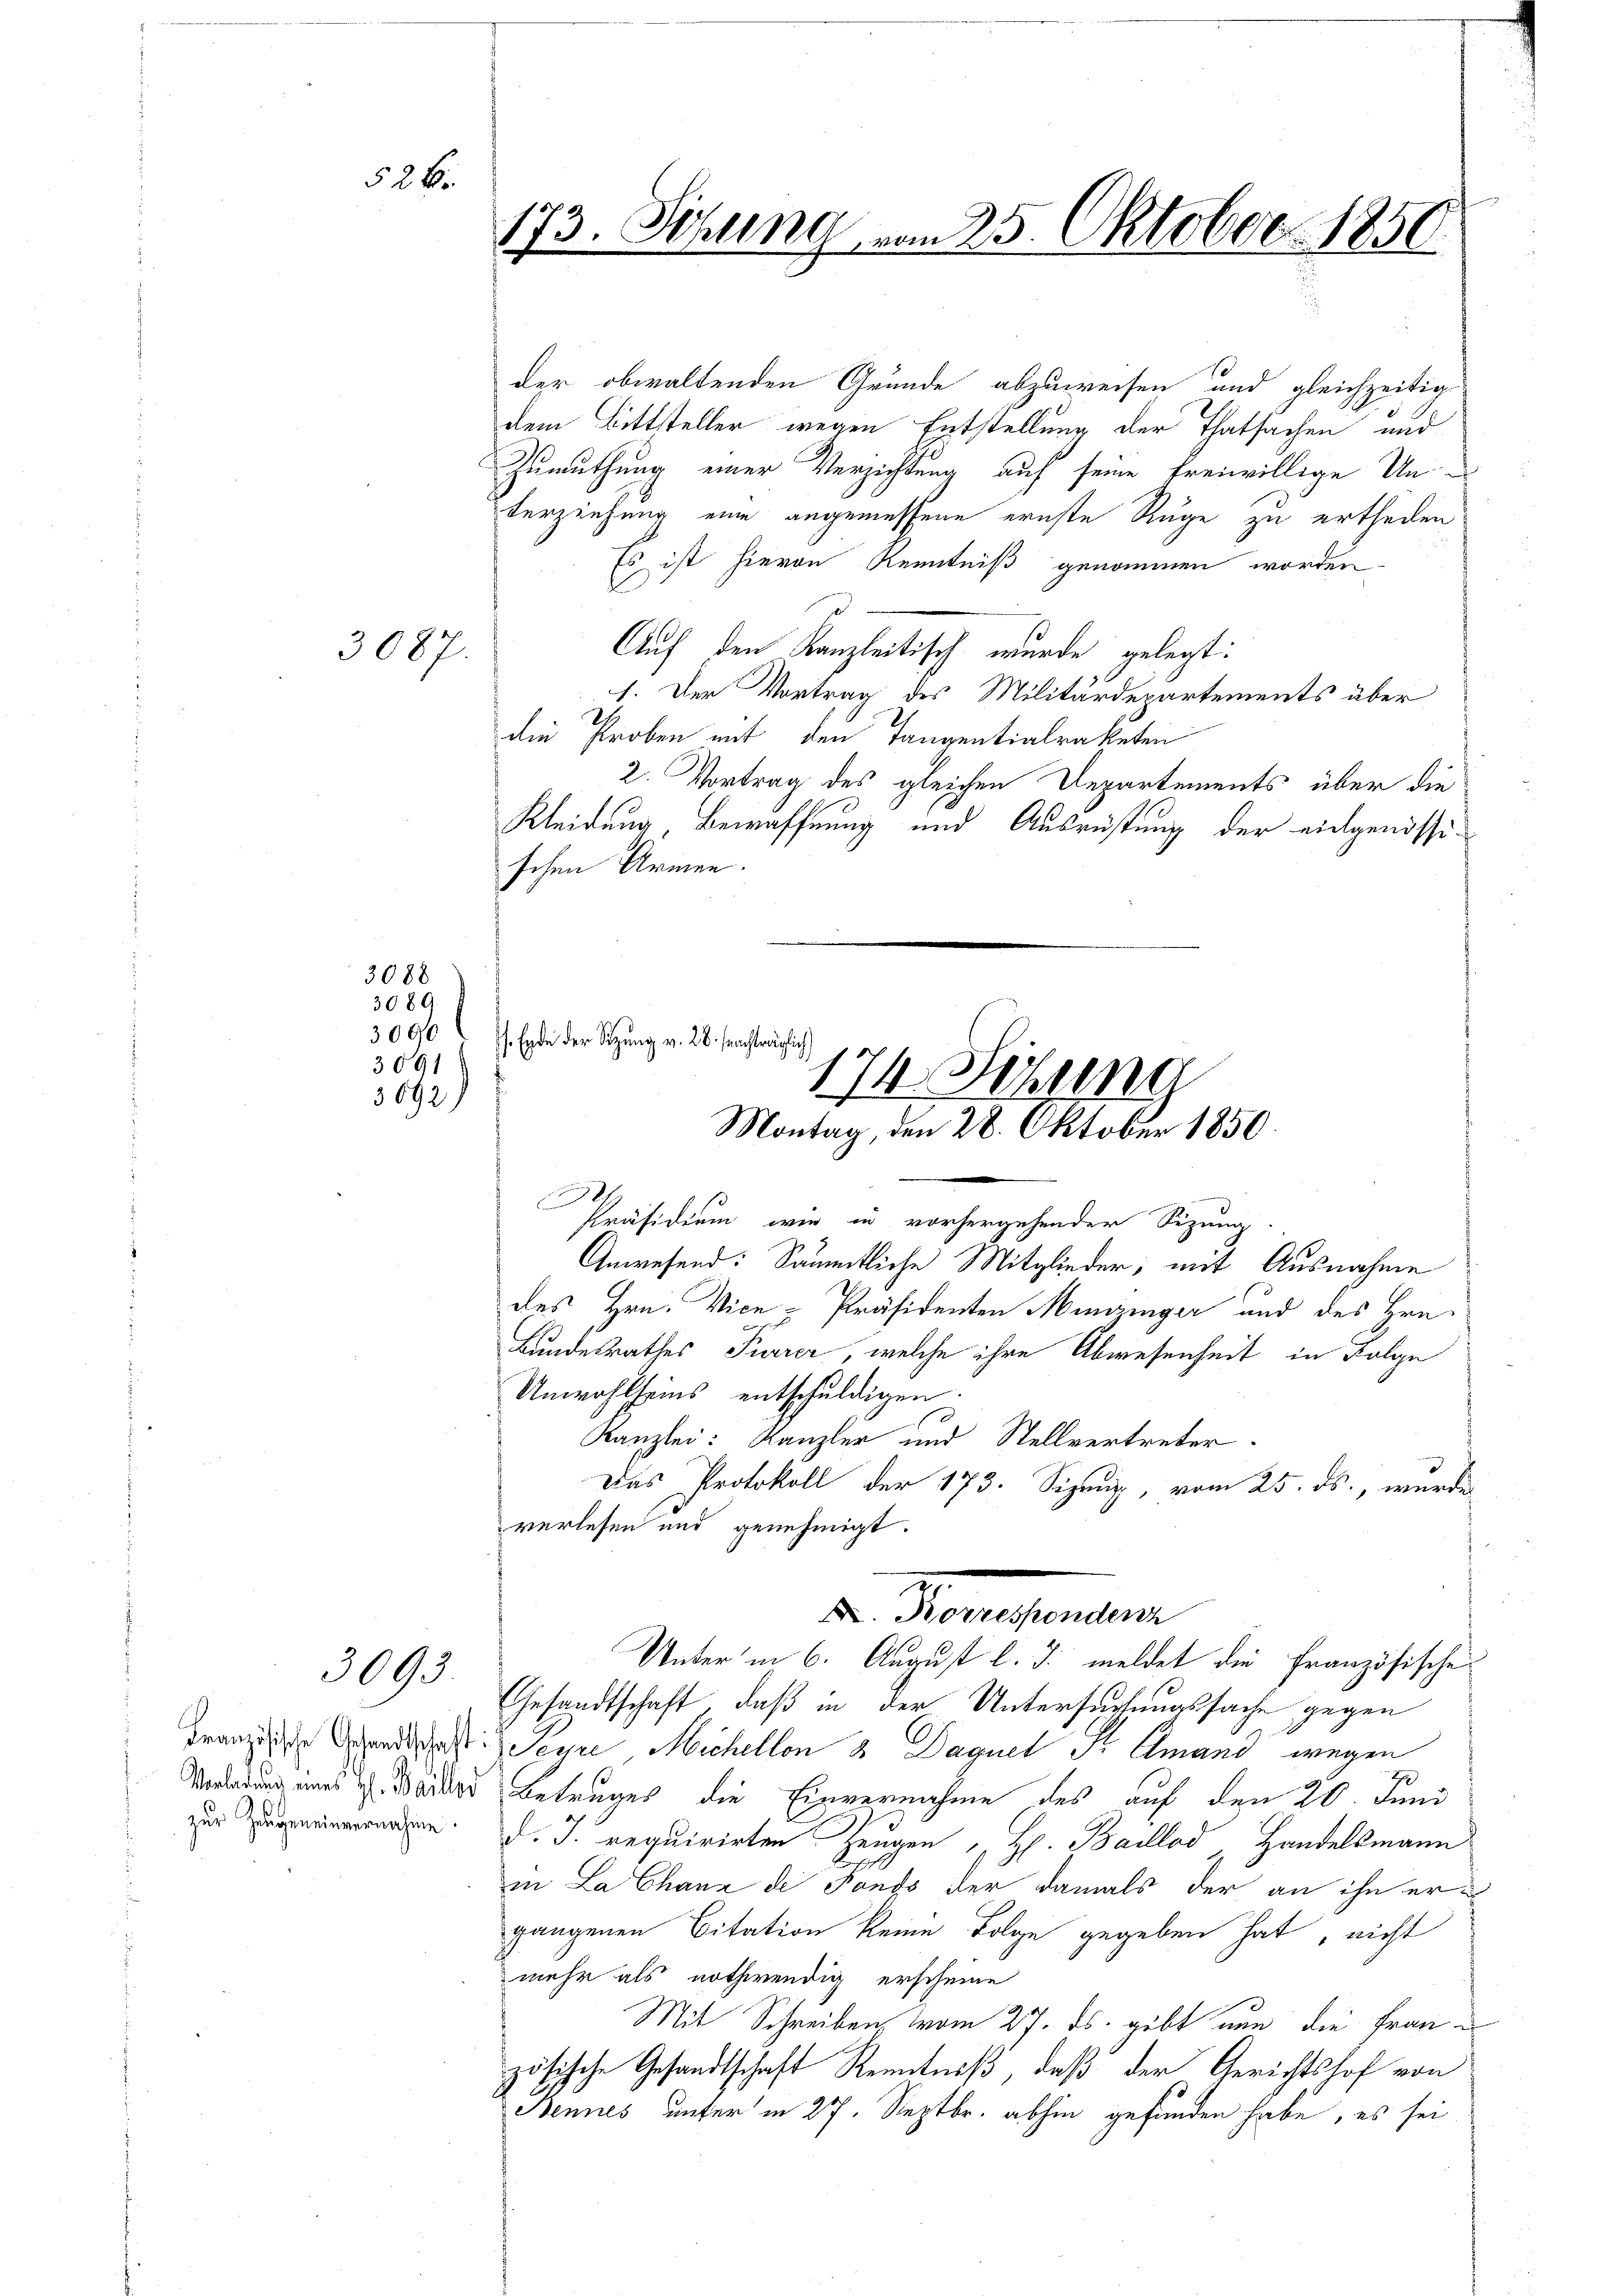
3087.

3089
3090

3091

308

526.

3093.

3892

173. Sitzung vom 25. Oktober 1850

der obwaltenden Gründe abzuweisen und gleichzeitig
dem Bittsteller wegen Entstellung der Thatsachen und
Zumuthung einer Verzichtung auf seine freiwillige Unterziehung eine angemessene ernste Ruge zu ertheilen
Es ist hievon Kenntniß genommen worden.
Auf den Kanzleitisch wurde gelegt:
1. Der Vortrag des Militärdepartements über
die Proben mit den Tangentialraketen
2. Vortrag des gleichen Departements über die
Kleidung, Bewaffnung und Ausrüstung der eidgenössischen Armen.

. Ende der Sitzung v. 28. frachträglich
81
Präsidium wie in vorhergehender Sezung.

Anwesend: Sämmtliche Mitglieder, mit Ausnahme
des Hrn. Vice-Präsidenten Munzinger und des Hrn.
Bundesrathes Furrer, welche ihre Abwesenheit in Folge
Unwohlseins entschuldigen.
Kanzlei: Kanzler und Stellvertreter
Das Protokoll der 173. Sizenz, vom 25. ds., wurde
verlesen und genehmigt.
Unter in 6. August l. J. meldet die Französische
Gesandtschaft, daß in der Untersuchungssache gegen
Franzige Gendarst. Seine Michellen & Daquel Sr. Emand wegen
Vorladung eines in Bänder Betruges die Einvernahme des auf den 26. Juni
 d.J. requirirten Zeugen H. Ballod Handelsmann
in La Chanz de Fonds der damals der an ihn ergangenen Citation keine Folge gegeben hat, nicht
mehr als nothwendig erscheine
Mit Schreiben vom 27. ds. gibt nun die Fraue
zösische Gesandtschaft Kenntniß, daß der Gerichtshof von
Bennes unter in 27. Septbr. abhin gefunden habe, es sei

174. Sitzung
Montag, den 28. Oktober 1850.

d. Konsenam